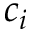
c _ { i }